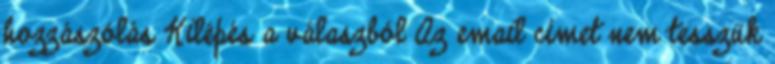
hozzászólás Kilépés a válaszból Az email címet nem tesszük